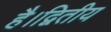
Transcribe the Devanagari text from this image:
है।द्वितीय